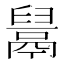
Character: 𱆎